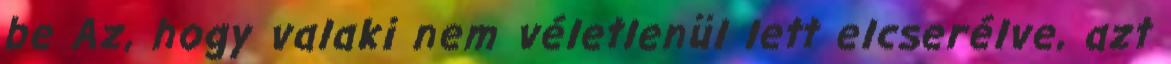
be Az, hogy valaki nem véletlenül lett elcserélve, azt